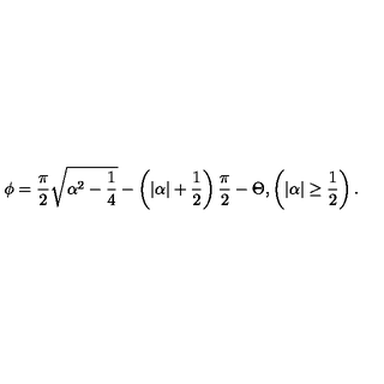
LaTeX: \phi = \frac { \pi } { 2 } \sqrt { \alpha ^ { 2 } - \frac { 1 } { 4 } } - \left( | \alpha | + \frac { 1 } { 2 } \right) \frac { \pi } { 2 } - \Theta , \left( | \alpha | \geq \frac { 1 } { 2 } \right) .